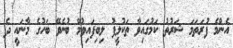
އެންމެ ފުރަތަމަ ޝަރުތު ކަމުގައިވާ ތަކުލީފު ލިބިފައިވުމޭ ބުނެވޭ ބަހުގެ މާނައީ ދެ